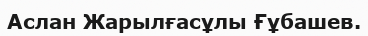
Аслан Жарылғасұлы Ғұбашев.